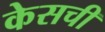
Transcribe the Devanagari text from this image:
केसची